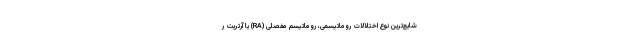
شایع‌ترین نوع اختلالات روماتیسمی، روماتیسم مفصلی (RA) یا آرتریت ر